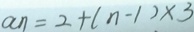
a _ { n } = 2 + ( n - 1 ) \times 3